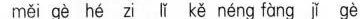
měi gè hé zi lǐ kě néng fàng ǐgè